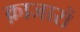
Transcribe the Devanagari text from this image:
क़ाजारों